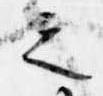
之